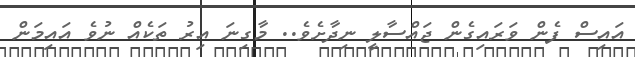
އައިސް ފެން ވަރައިގެން ޖައްސާލީ ނިދާށެވެ.. މާގިނަ އިރު ތަކެއް ނުވެ އައިމަން